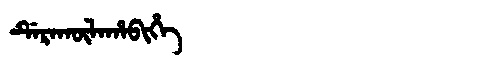
Manchu: ᡩᡝᡵᠠᡴᡡᠯᠠᡥᠠᠪᡳᡥᡝ
Romanization: DERAKŪLAHABIHE